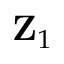
\mathbf { Z } _ { 1 }